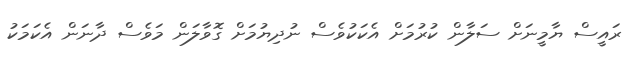
ރައީސް ޔާމީނަށް ސަލާން ކުރުމަށް އެކަކުވެސް ނުދިޔުމަށް ގޮވާލަން މަވެސް ދާނަން އެކަމަކު